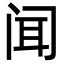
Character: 闻